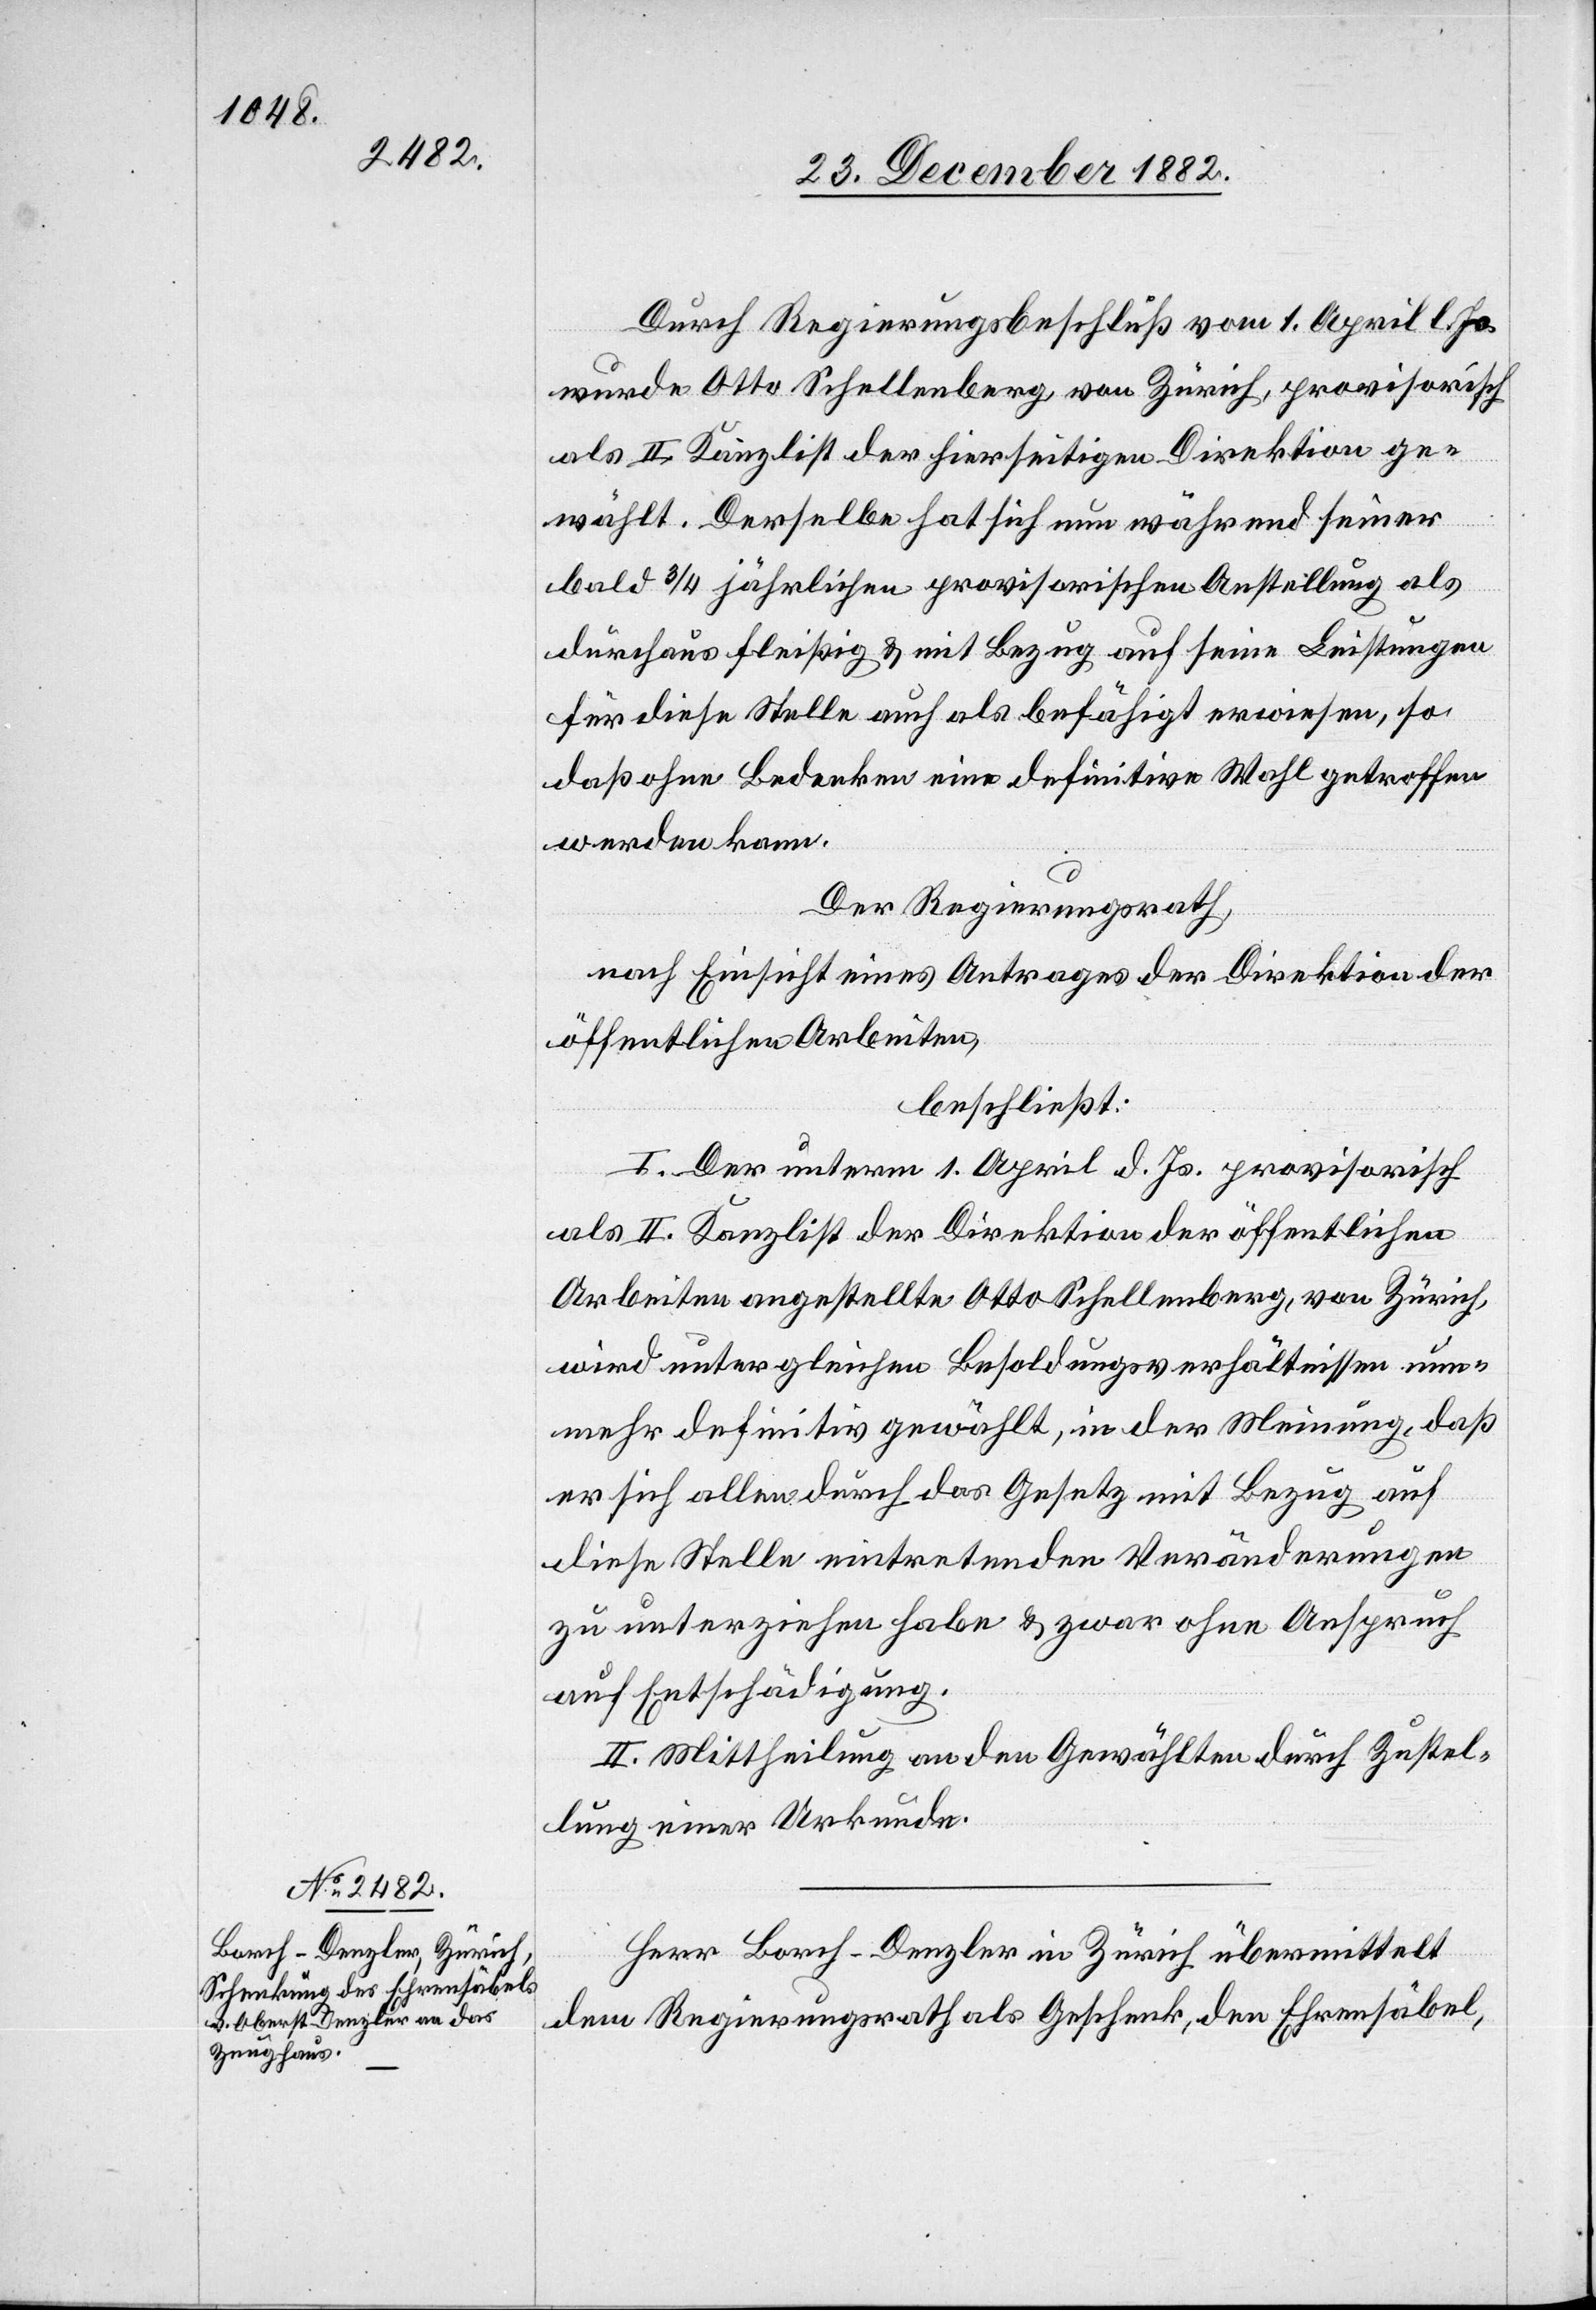
Durch Regierungsbeschluß vom 1. April l. Js.
wurde Otto Schellenberg, von Zürich, provisorisch
als II. Kanzlist der hierseitigen Direktion ge¬
wählt. Derselbe hat sich nun während seiner
bald 3/4 jährlichen provisorischen Anstellung als
durchaus fleißig & mit Bezug auf seine Leistungen
für diese Stelle auch als befähigt erwiesen, so
daß ohne Bedenken eine definitive Wahl getroffen
werden kann.
Der Regierungsrath,
nach Einsicht eines Antrages der Direktion der
öffentlichen Arbeiten,
beschließt:
I. Der unterm 1. April d. Js. provisorisch
als II. Kanzlist der Direktion der öffentlichen
Arbeiten angestellte Otto Schellenberg, von Zürich,
wird unter gleichen Besoldungsverhältnissen nun¬
mehr definitiv gewählt, in der Meinung, daß
er sich allen durch das Gesetz mit Bezug auf
diese Stelle eintretenden Veränderungen
zu unterziehen habe & zwar ohne Anspruch
auf Entschädigung.
II. Mittheilung an den Gewählten durch Zustel¬
lung einer Urkunde.
Herr Borch-Denzler in Zürich übermittelt
dem Regierungsrath als Geschenk, den Ehrensäbel,